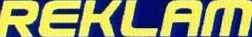
REKLAM